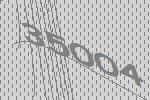
35004